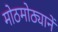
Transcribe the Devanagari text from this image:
मोठमोठ्यानें